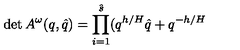
\det A ^ { \omega } ( q , \hat { q } ) = \prod _ { i = 1 } ^ { \hat { s } } ( q ^ { h / H } \hat { q } + q ^ { - h / H }